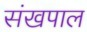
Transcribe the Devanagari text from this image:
संखपाल